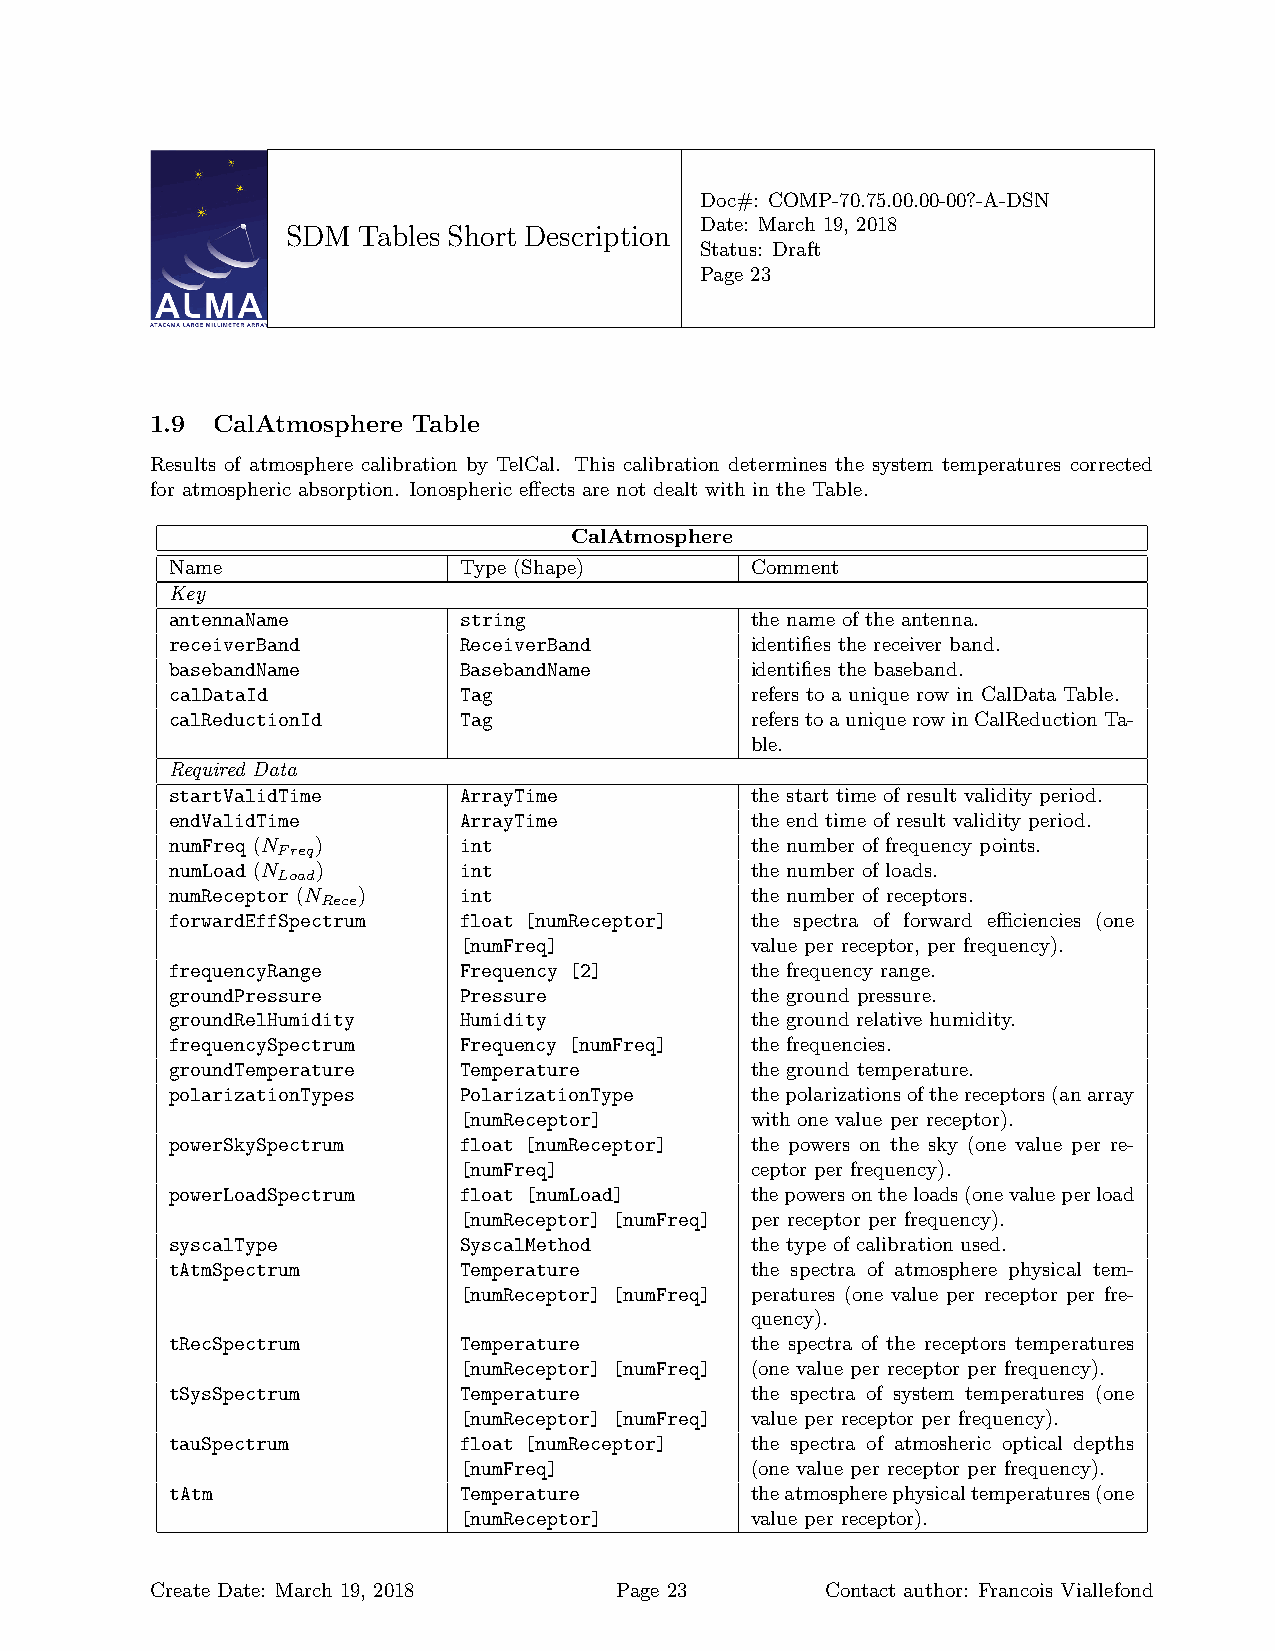
Doc#: COMP-70.75.00.00-00?-A-DSN
 Date: March 19, 2018
 SDM  Tables Short Description
 Status: Draft
 Page 23
 1.9 CalAtmosphere Table
 Results of atmosphere calibration by TelCal. This calibration determines the system temperatures corrected
 for atmospheric absorption. Ionospheric effects are not dealt with in the Table.
 CalAtmosphere
 Name               Type (Shape)        Comment
 Key
 antennaName        string              the name of the antenna.
 receiverBand       ReceiverBand        identifies the receiver band.
 basebandName       BasebandName        identifies the baseband.
 calDataId          Tag                 refers to a unique row in CalData Table.
 calReductionId     Tag                 referstoauniquerowinCalReductionTa-
 ble.
 Required Data
 startValidTime     ArrayTime           the start time of result validity period.
 endValidTime       ArrayTime           the end time of result validity period.
 numFreq (N )       int                 the number of frequency points.
 Freq
 numLoad (N )       int                 the number of loads.
 Load
 numReceptor (N )   int                 the number of receptors.
 Rece
 forwardEffSpectrum float [numReceptor] the spectra of forward efficiencies (one
 [numFreq]           value per receptor, per frequency).
 frequencyRange     Frequency [2]       the frequency range.
 groundPressure     Pressure            the ground pressure.
 groundRelHumidity  Humidity            the ground relative humidity.
 frequencySpectrum  Frequency [numFreq] the frequencies.
 groundTemperature  Temperature         the ground temperature.
 polarizationTypes  PolarizationType    thepolarizationsofthereceptors(anarray
 [numReceptor]       with one value per receptor).
 powerSkySpectrum   float [numReceptor] the powers on the sky (one value per re-
 [numFreq]           ceptor per frequency).
 powerLoadSpectrum  float [numLoad]     thepowersontheloads(onevalueperload
 [numReceptor] [numFreq] per receptor per frequency).
 syscalType         SyscalMethod        the type of calibration used.
 tAtmSpectrum       Temperature         the spectra of atmosphere physical tem-
 [numReceptor] [numFreq] peratures (one value per receptor per fre-
 quency).
 tRecSpectrum       Temperature         the spectra of the receptors temperatures
 [numReceptor] [numFreq] (one value per receptor per frequency).
 tSysSpectrum       Temperature         the spectra of system temperatures (one
 [numReceptor] [numFreq] value per receptor per frequency).
 tauSpectrum        float [numReceptor] the spectra of atmosheric optical depths
 [numFreq]           (one value per receptor per frequency).
 tAtm               Temperature         theatmospherephysicaltemperatures(one
 [numReceptor]       value per receptor).
 Create Date: March 19, 2018    Page 23       Contact author: Francois Viallefond